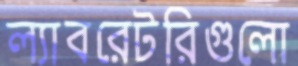
ল্যাবরেটরিগুলো